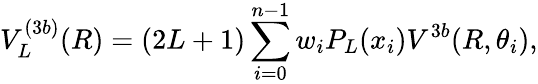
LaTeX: V_{L}^{(3b)}(R)=(2L+1)\sum_{i=0}^{n-1}w_{i}P_{L}(x_{i})V^{3b}(R,\theta_{i}),